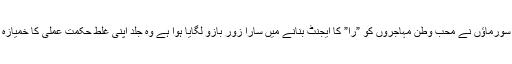
جن عقل کے سورماؤں نے محب وطن مہاجروں کو ”را” کا ایجنٹ بنانے میں سارا زور بازو لگایا ہوا ہے وہ جلد اپنی غلط حکمت عملی کا خمیازہ بھگتیں گے ۔